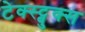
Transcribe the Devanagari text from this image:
टेक्स्ट्बुक्स